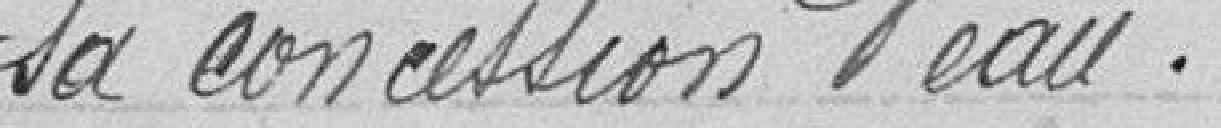
sa concession d'eau.